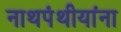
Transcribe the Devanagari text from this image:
नाथपंथीयांना